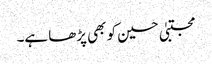
مجتبیٰ حسین کو بھی پڑھا ہے۔